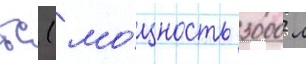
тс (мо́щность 3000 л